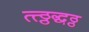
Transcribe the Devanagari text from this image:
त्त्ठ्ठद्धठ्ठ